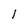
Character: l